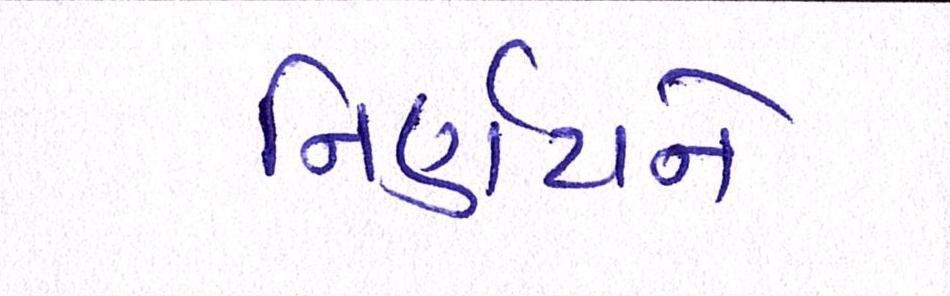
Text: નિર્ણયને